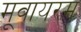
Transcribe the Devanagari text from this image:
मूवायरम